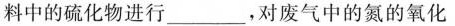
料中的硫化物进行___，对废气中的氮的氧化